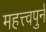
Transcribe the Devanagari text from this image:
महत्त्वपुर्न